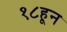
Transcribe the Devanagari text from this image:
१८हून